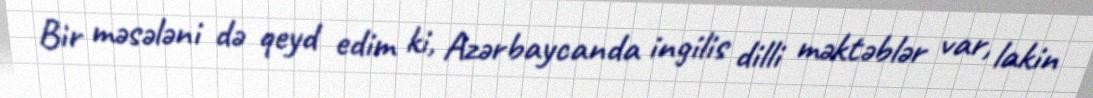
Bir məsələni də qeyd edim ki, Azərbaycanda ingilis dilli məktəblər var, lakin